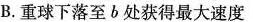
B.重球下落至b处获得最大速度